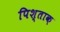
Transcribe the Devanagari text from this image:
पिश्ताक़